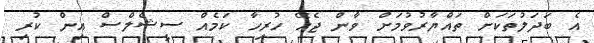
އެ ބަދަލުތަކަށް ތައްޔާރުވުމަށް ވާން ޖެހޭ ހުރިހާ ކަމެއް ސީޝެލްސް އިން ކުރި